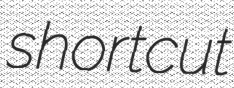
shortcut